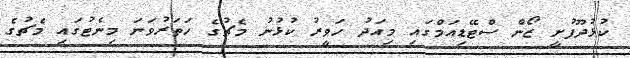
ކުޅުދޫފުށީ ޒޯން ސްޓޭޑިއަމްގައި މިއަދު ހަވީރު ކުޅުނު މެޗުގެ ހަތަރުވަނަ މިނެޓުގައި މެޗުގެ